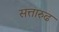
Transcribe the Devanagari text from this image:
सत्तारुढ